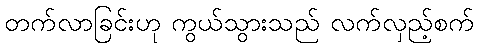
တက်လာခြင်းဟု ကွယ်သွားသည် လက်လှည့်စက်